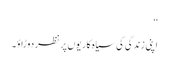
‘‘
اپنی زندگی کی سیاہ کاریوں پر نظر دوڑاؤ۔